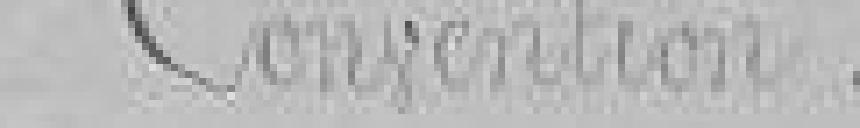
Convention